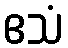
ဧသံ